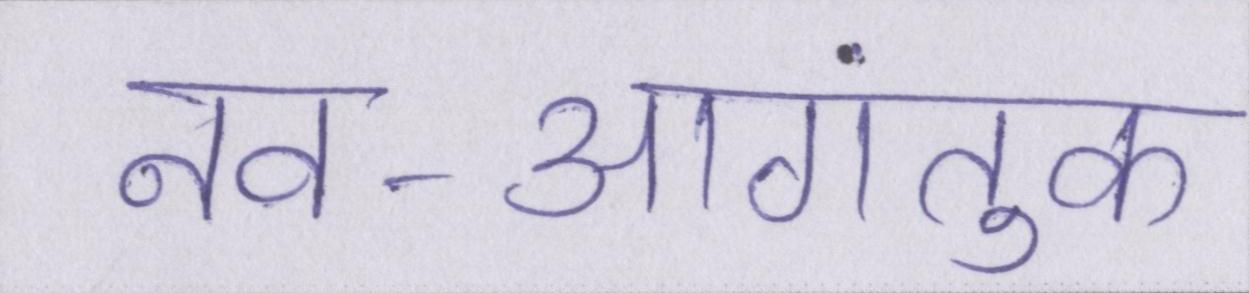
नव-आगंतुक